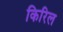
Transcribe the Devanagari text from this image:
किरिल